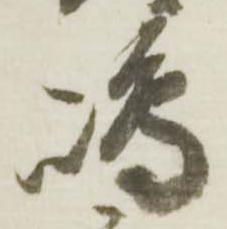
嶋